Annual administration report of the Civil Veterinary Department of India - 1896-1897
Year: 1896
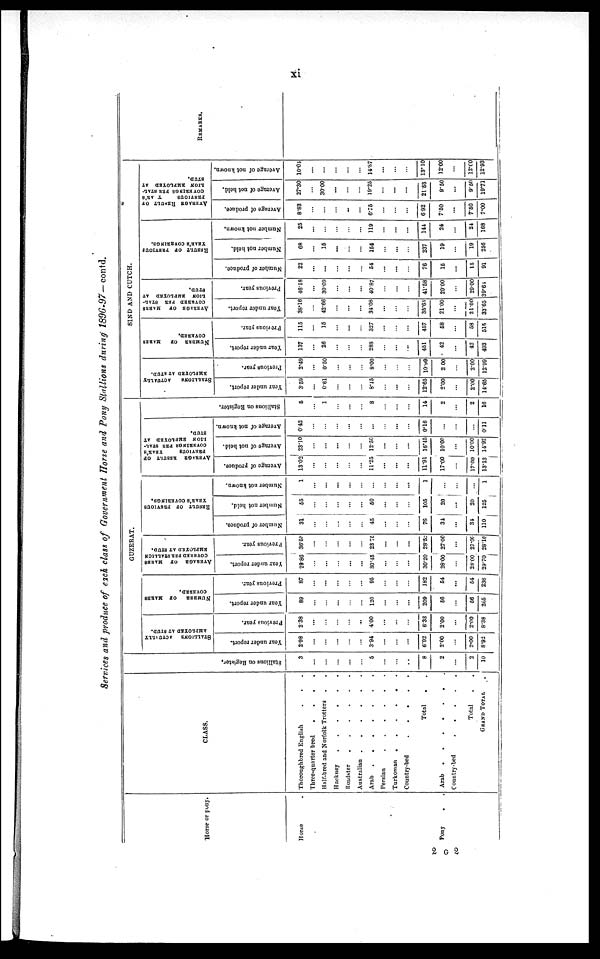
xi
Services and produce of each class of Government Horse and Pony Stallions during 1896-97—contd.
Horse or pony.
Horse
Pony
. .
CLASS.
Thoroughbred English . . .
Three-quarter bred
.
.
.
.
Half-bred and Norfolk Trotters
. .
Hackney
.
.
.
.
.
.
Roadster
.
.
.
.
.
.
Australian
.
.
.
.
.
.
Arab
.
.
.
.
.
.
Persian
.
.
.
.
.
.
Turkoman
.
.
.
.
.
.
Country-bed
.
.
.
.
Total . .
Arab
.
.
.
.
.
.
Country-bed
.
.
.
.
.
.
Total . .
GRAND TOTAL .
St al l
i
ons on Regi s t
er .
3
...
...
...
...
...
5
...
...
...
8
2
...
2
10
GUZERAT.
STALLIONS
ACTUALLY
EMPLOYED AT STUD.
Year under report.
2.98
...
...
...
...
...
3.94
...
...
...
6.92
2.00
...
2.00
8.92
Previous year.
2.38
...
...
...
...
...
4.00
...
...
...
6.38
2.00
...
2.00
8.38
NUMBER or MARES
COVERED.
Year under report.
89
...
...
...
...
...
120
...
...
...
209
56
...
56
265
Previous year.
87
...
...
...
...
...
95
...
...
...
182
54
...
54
236
AVERAGE
OF
MARES
EMPLOYED AT STUD.
Year under report.
29.86
...
...
...
...
...
30.45
...
...
...
30.20
28.00
...
28.00
29.70
Previous year.
36.55
...
...
...
...
...
23.75
...
...
...
28.52
27.00
...
27.00
28.16
RESULT
OF PREVIOUS
YEAR'S
COVERINGS.
Number of produce.
31
...
...
...
...
...
45
...
...
...
76
34
...
34
110
Number not held.
55
...
...
...
...
...
50
...
...
...
105
20
...
20
125
Number not known.
1
...
...
...
...
...
...
...
...
...
1
...
...
...
1
AVERAGE
RESULT
OF
PREVIOUS
YEAR'S
COVERINGS PER STAL-
LION EMPLOYED AT
STUD.
Average of produce.
13.02
...
...
...
...
...
11.25
...
...
...
11.91
17.00
...
17.00
13.13
Average of not held.
23.10
...
...
...
...
...
12.50
...
...
...
16.45
10.00
...
10.00
14.92
Average of not known.
0.42
...
...
...
...
...
...
...
...
...
0.16
...
...
...
0.11
Stallions
on Register.
5
...
1
...
...
...
8
...
...
...
14
2
...
2
16
SIND AND CUTCH.
STALLIONS ACTUALLY
EMPLOYED AT STUD.
Year under report.
3.59
...
0.61
...
...
...
8.45
...
...
...
12.65
2.00
...
2.00
14.65
Previous year.
2.49
...
0.50
...
...
...
8.00
...
...
...
10.99
2.00
...
2.00
12.99
NUMBER
OF
MARES
COVERED.
Year under report.
137
...
26
...
...
...
288
...
...
...
451
42
...
42
493
Prorious year.
115
...
15
...
...
...
327
...
...
...
457
58
...
58
515
AVERAGE OF
MARES
COVERED
PER STAL-
LION EMPLOYED AT
STUD.
Year under report.
38.16
...
42.66
...
...
...
34.08
...
...
...
35.65
21.00
...
21.00
33.65
Previous year.
46.18
...
30.09
...
...
...
40.87
...
...
...
41.58
29.00
...
29.00
39.61
RESULT OF PREVIOUS
YEAR'S COVERINGS.
Number of produce.
22
...
...
...
...
...
54
...
...
...
76
15
...
15
91
Number not held.
68
...
15
...
...
...
154
...
...
...
237
19
...
19
256
Number not known.
25
...
...
...
...
...
119
...
...
...
144
24
...
24
168
AVERAGE RESULT OF
PREVIOUS YEAR'S
COVERINGS PER STAL-
LION EMPLOYED AT
STUD.
Average
of produce.
8.83
...
...
...
...
...
6.75
...
...
...
6.92
7.50
...
7.50
7.00
Average of not held.
27.30
...
30.00
...
...
...
19.25
...
...
...
21.53
9.50
...
9.50
19.71
Average of not known.
10.04
...
...
...
...
...
14.87
...
...
...
13.10
12.00
12.00
12.93
REMARKS.
2 G 2